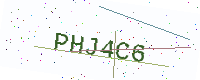
Text: PHJ4C6